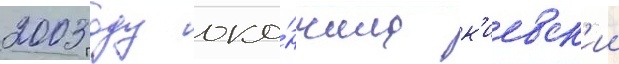
2003 году око́нчила к'иевск'ии